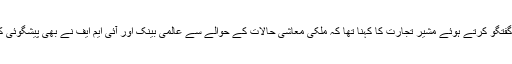
میڈیا سے گفتگو کرتے ہوئے مشیر تجارت کا کہنا تھا کہ ملکی معاشی حالات کے حوالے سے عالمی بینک اور آئی ایم ایف نے بھی پیشگوئی کر دی ہے۔